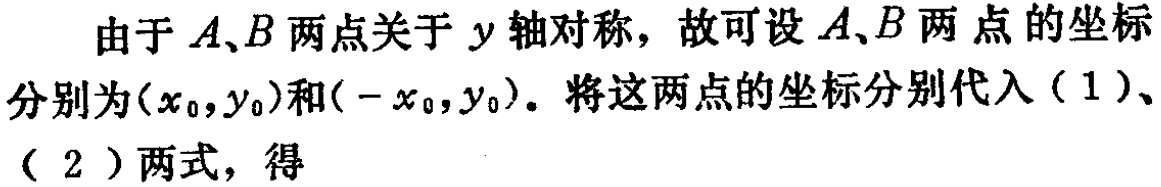
由于 \(A、B\) 两点关于 \(y\) 轴对称，故可设 \(A、B\) 两点的坐标分别为\((x_{0},y_{0})\)和\((-x_{0},y_{0})\)。将这两点的坐标分别代入（1）、（2）两式，得